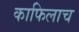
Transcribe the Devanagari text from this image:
काफिलाच